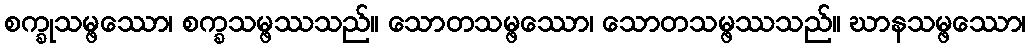
စက္ခုသမ္ဖဿော၊ စက္ခသမ္ဖဿသည်။ သောတသမ္ဖဿော၊ သောတသမ္ဖဿသည်။ ဃာနသမ္ဖဿော၊